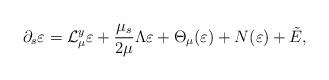
LaTeX: \begin{align*} \partial_s\varepsilon &={\mathcal{L}_\mu^y}\varepsilon+\frac{\mu_s}{2\mu}\Lambda\varepsilon+\Theta_\mu(\varepsilon)+N(\varepsilon)+\tilde{E}, \end{align*}